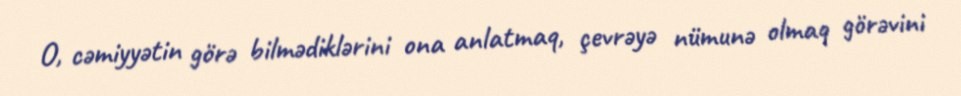
O, cəmiyyətin görə bilmədiklərini ona anlatmaq, çevrəyə nümunə olmaq görəvini